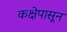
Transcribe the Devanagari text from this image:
कक्षेपासून